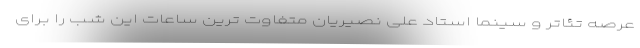
عرصه تئاتر و سینما استاد علی نصیریان متفاوت ترین ساعات این شب را برای